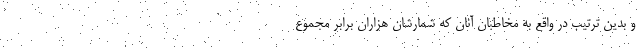
و بدین ترتیب در واقع به مخاطبان آنان که شمارشان هزاران برابر مجموع